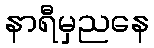
နာရီမှညနေ